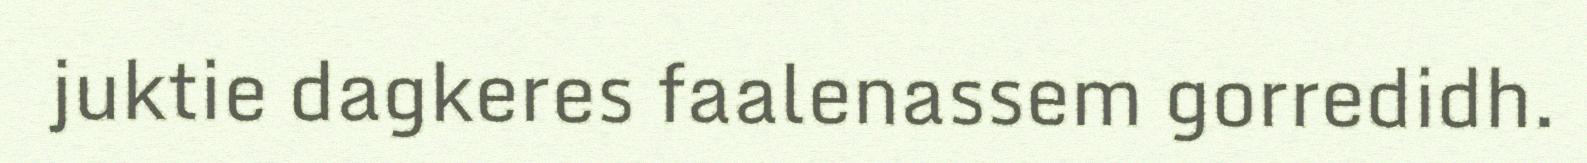
juktie dagkeres faalenassem gorredidh.